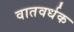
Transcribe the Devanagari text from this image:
वातवर्धक